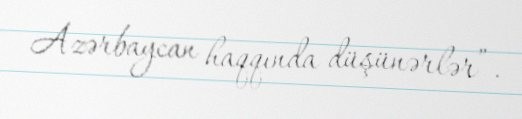
Azərbaycan haqqında düşünərlər”.